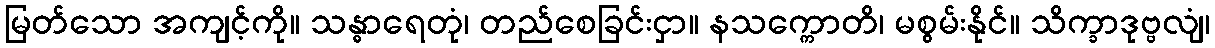
မြတ်သော အကျင့်ကို။ သန္ဓာရေတုံ၊ တည်စေခြင်းငှာ။ နသက္ကောတိ၊ မစွမ်းနိုင်။ သိက္ခာဒုဗ္ဗလျံ၊